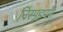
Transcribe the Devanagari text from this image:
निस्पृहपणे